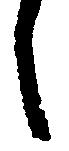
し